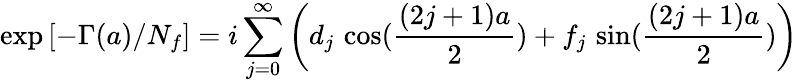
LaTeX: \exp\left[-\Gamma(a)/N_{f}\right]=i\sum_{j=0}^{\infty}\left(d_{j}\, \cos(\frac{(2j+1)a}{2})+f_{j}\, \sin(\frac{(2j+1)a}{2})\right)